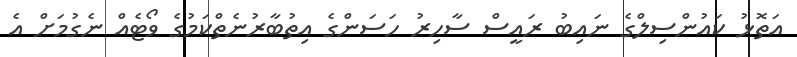
އަތޮޅު ކައުންސިލްގެ ނައިބު ރައީސް ސާހިރު ހަސަންގެ އިތުބާރުނެތްކަމުގެ ވޯޓެއް ނެގުމަށް އެ